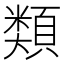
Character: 𩔖